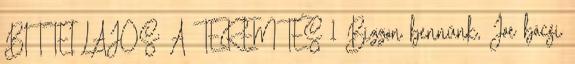
BITTEI LAJOS: A TEREMTÉS 1 Bízzon bennünk, Joe bácsi